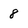
Character: 8